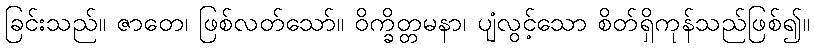
ခြင်းသည်။ ဇာတေ၊ ဖြစ်လတ်သော်။ ဝိက္ခိတ္တမနာ၊ ပျံလွင့်သော စိတ်ရှိကုန်သည်ဖြစ်၍။